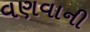
વણવાની